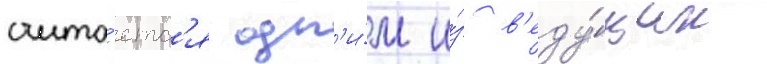
счита́етс'я одн'и́м и́з в'еду́щих